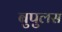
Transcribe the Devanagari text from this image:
बुपुलस